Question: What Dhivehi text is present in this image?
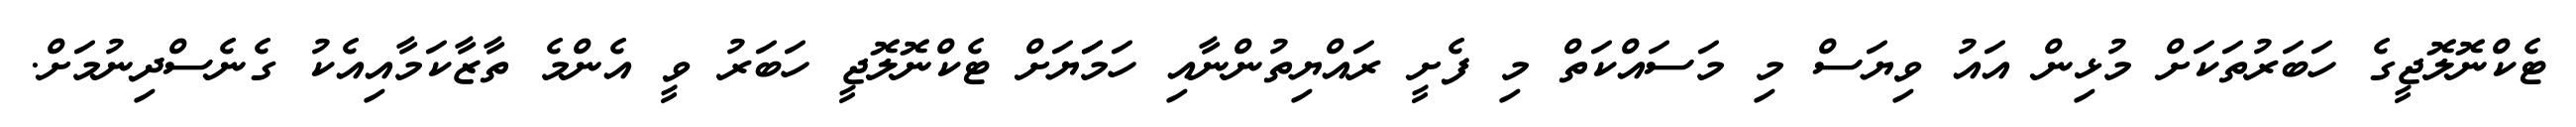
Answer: ޓެކްނޮލޮޖީގެ ހަބަރުތަކަށް މުޅިން އައު ވިޔަސް މި މަސައްކަތް މި ފެށީ ރައްޔިތުންނާއި ހަމަަޔަށް ޓެކްނޮލޮޖީ ހަބަރު ވީ އެންމެ ތާޒާކަމާއިއެކު ގެނެސްދިނުމަށް.